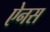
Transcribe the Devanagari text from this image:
ऐनस